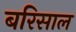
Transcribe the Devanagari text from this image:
बरिसाल